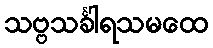
သဗ္ဗသင်္ခါရသမထေ